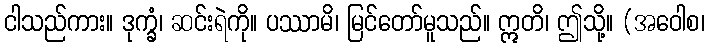
ငါသည်ကား။ ဒုက္ခံ၊ ဆင်းရဲကို။ ပဿာမိ၊ မြင်တော်မူသည်။ ဣတိ၊ ဤသို့။ (အဝေါစ၊